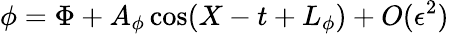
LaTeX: \phi=\Phi+A_{\phi}\cos(X-t+L_{\phi})+O(\epsilon^{2})